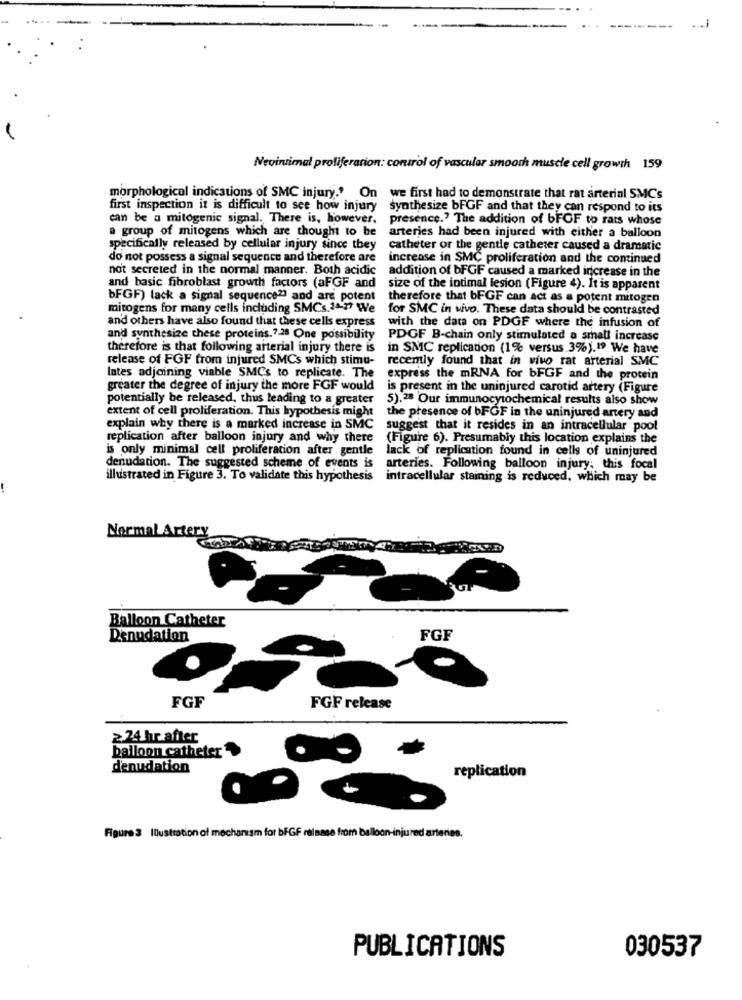
Nevinimal proliferation: control of vascular smooth muscle cell growth 159
morphological indications of SMC injury.' On we first had to demonstrate that rat arterial SMCs
first inspection it is difficult to see how injury synthesize bFGF and that they can respond to its
can be a mitogenic signal. There is, however.
presence .? The addition of bFGF to rats whose
a group of mitogens which are thought to be
arteries had been injured with either a balloon
specifically released by cellular injury since they
catheter or the gentle catheter caused a dramatic
do not possess a signal sequence and therefore are
increase in SMC proliferation and the continued
not secreted in the normal manner. Both acidic
addition of bFGF caused a marked increase in the
and basic fibroblast growth factors (aFGF and
size of the intimal lesion (Figure 4). It is apparent
bFGF) lack a signal sequence?) and are potent
therefore that bFGF can act as a potent mitogen
mitogens for many cells including SMCs.24-27 We
for SMC in vivo. These data should be contrasted
and others have also found that these cells express
with the data on PDGF where the infusion of
and synthesize these proteins.7.28 One possibility
PDGF B-chain only stimulated a small increase
therefore is that following arterial injury there is
in SMC replication (1% versus 3%).19 We have
release of FGF from injured SMCs which stimu-
recently found that in vivo rat arterial SMC
lates adjoining viable SMCs to replicate. The
express the mRNA for bFGF and the protein
greater the degree of injury the more FGF would
is present in the uninjured carotid artery (Figure
potentially be released, thus leading to a greater
5),28 Our immunocytochemical results also show
extent of cell proliferation. This hypothesis might
the presence of bFGF in the uninjured artery and
explain why there is a marked increase in SMC
suggest that it resides in an intracellular pool
replication after balloon injury and why there
(Figure 6). Presumably this location explains the
is only minimal cell proliferation after gentle
lack of replication found in cells of uninjured
denudation. The suggested scheme of events is
arteries. Following balloon injury; this focal
illustrated in Figure 3. To validate this hypothesis
intracellular staining is reduced, which may be
Normal Artery
Balloon Catheter
Denudation
FGF
FGF
FGF release
≥24 hr after
balloon catheter
denudation
replication
Figure 3 Illustration of mechanism for bFGF release from balloon-injured artenes.
030537
PUBLICATIONS